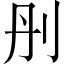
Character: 刐